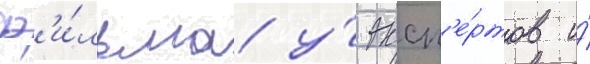
ф'и́льма у́ эксп'е́ртов и́